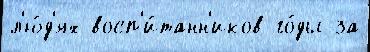
л'ю́д'ях восп'и́танн'иков го́ды за